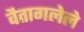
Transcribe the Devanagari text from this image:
वैतागलेले